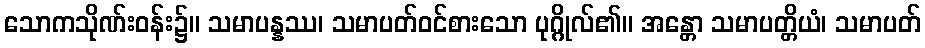
သောကသိုဏ်းဝန်း၌။ သမာပန္နဿ၊ သမာပတ်ဝင်စားသော ပုဂ္ဂိုလ်၏။ အန္တော သမာပတ္တိယံ၊ သမာပတ်